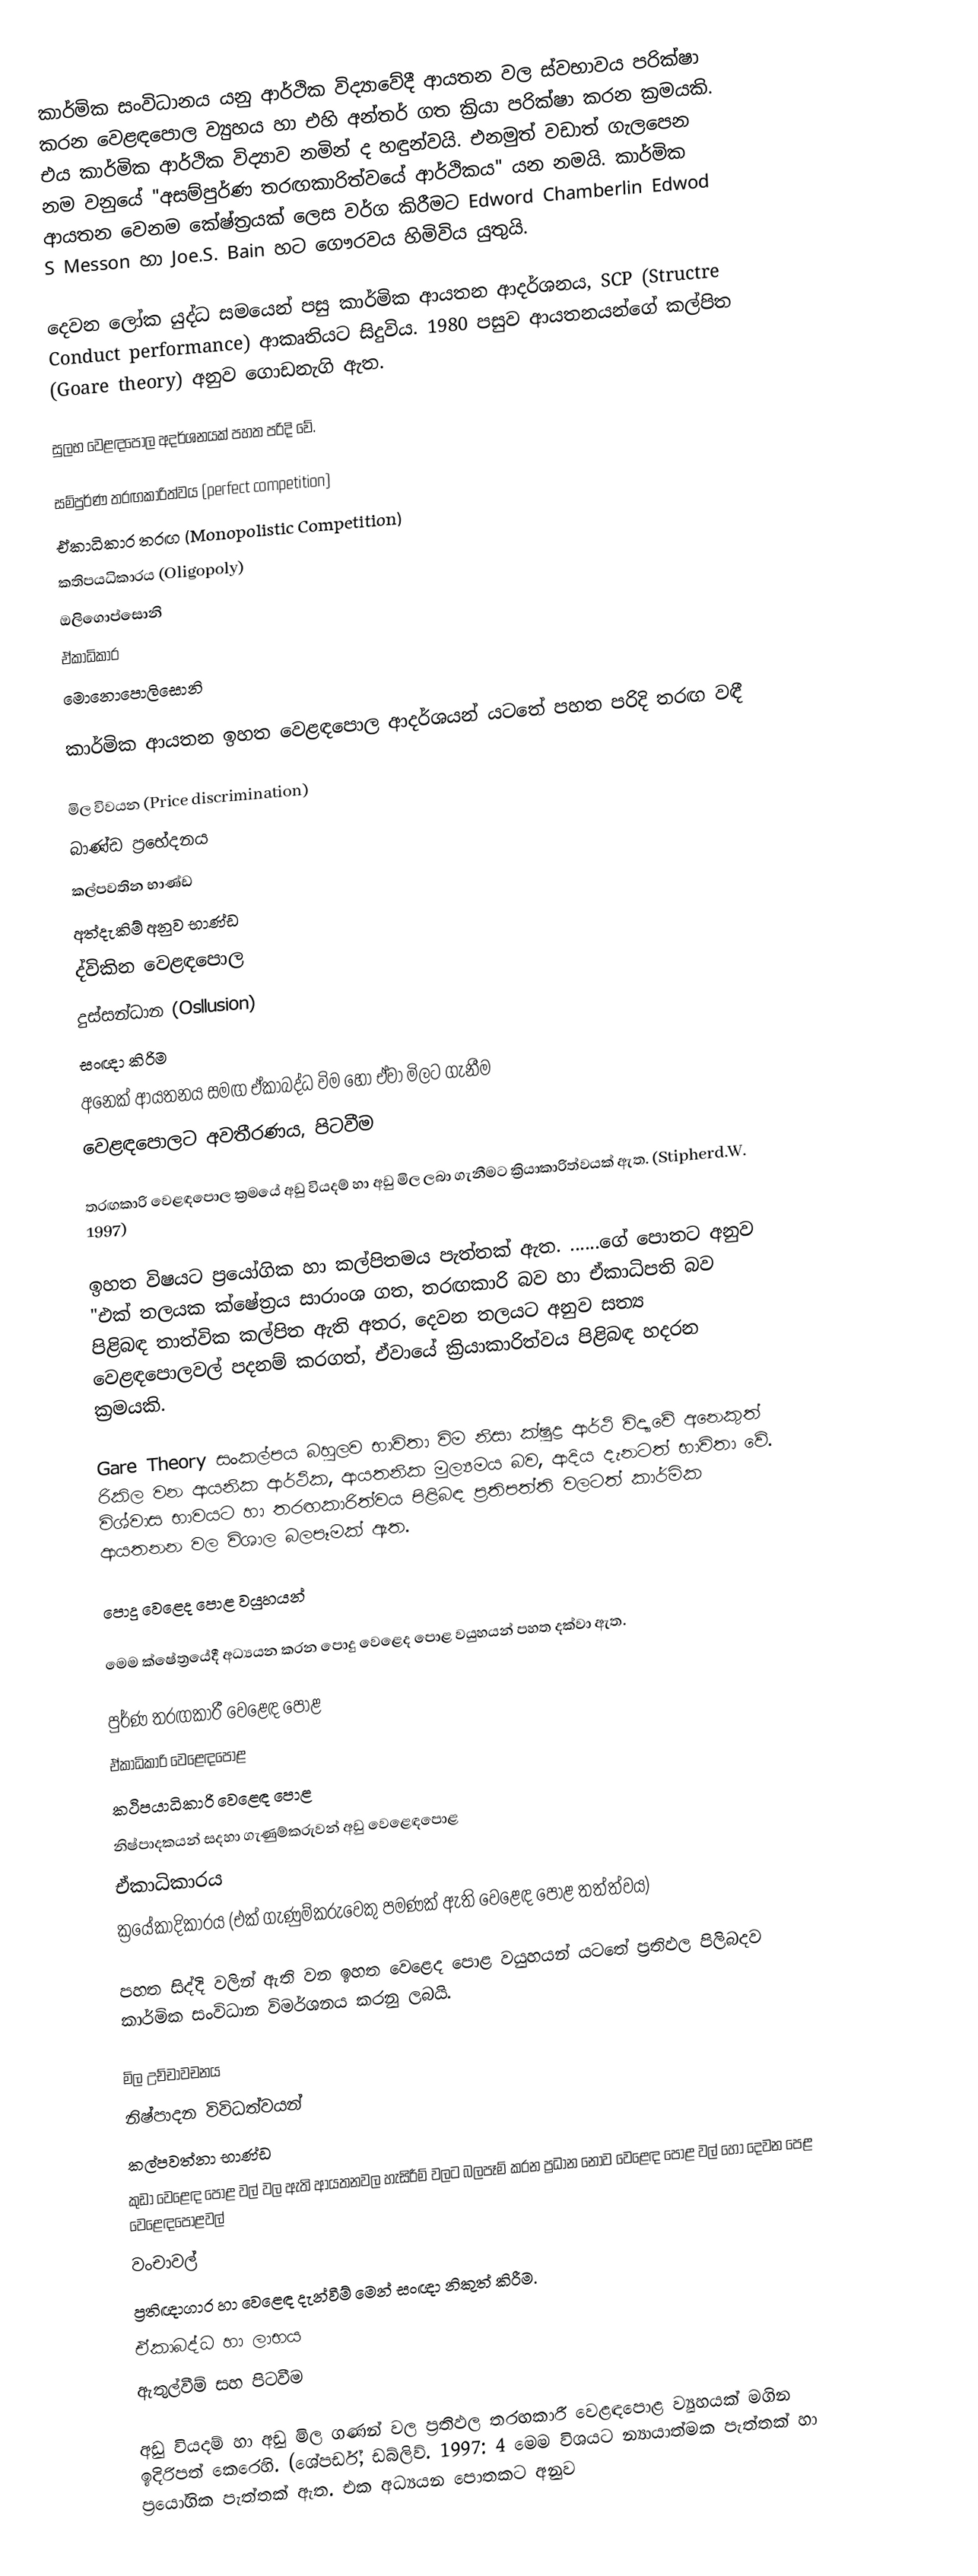
කාර්මික සංවිධානය යනු ආර්ථික විද්‍යාවේදී ආයතන වල ස්වභාවය පරික්ෂා කරන වෙළඳපොල ව්‍යුහය හා එහි අන්තර් ගත ක්‍රියා පරික්ෂා කරන ක්‍රමයකි. එය කාර්මික ආර්ථික විද්‍යාව නමින් ද හඳුන්වයි. එනමුත් වඩාත් ගැලපෙන නම වනුයේ "අසම්පුර්ණ තරඟකාරිත්වයේ ආර්ථිකය" යන නමයි. කාර්මික ආයතන වෙනම ‍කේෂ්ත්‍රයක් ලෙස වර්ග කිරීමට  Edword Chamberlin Edwod S Messon හා Joe.S. Bain හට ගෞරවය හිමිවිය යුතුයි.

දෙවන ලෝක යුද්ධ සමයෙන් පසු කාර්මික ආයතන ආදර්ශනය, SCP (Structre Conduct performance) ආකෘතියට සිදුවිය. 1980 පසුව ආයතනයන්ගේ කල්පිත (Goare theory) අනුව ගොඩනැගි ඇත.

සුලභ වෙළඳපොල අදර්ශනයක් පහත පරිදි වේ.

සම්පුර්ණ තරඟකාරිත්වය (perfect competition)
ඒකාධිකාර තරඟ    (Monopolistic Competition)
කතිපයධිකාරය        (Oligopoly)
ඔලිගොප්සොනි
ඒකාධිකාර
මොනොපොලිසොනි

කාර්මික ආයතන ඉහත වෙළඳපොල ආදර්ශයන් යටතේ පහත පරිදි තරඟ වඳී

මිල විවයන         (Price discrimination)
බාණ්ඩ ප්‍රභේදනය
කල්පවතින භාණ්ඩ
අත්දැකිම් අනුව භාණ්ඩ
ද්විකින වෙළඳපොල
දුස්සන්ධාන        (Osllusion)
සංඥා කිරිම
අනෙක් ආයතනය සමඟ ඒකාබද්ධ විම හෝ ඒවා මිලට ගැනීම
වෙළඳපොලට අවතීරණය, පිටවීම

තරඟකාරි වෙළඳපොල ක්‍රමයේ අඩු වියදම් හා අඩු මිල ලබා ගැනීමට ක්‍රියාකාරිත්වයක් ඇත. (Stipherd.W. 1997)

ඉහත විෂයට ප්‍රයෝගික හා කල්පිතමය පැත්තක් ඇත.  ......ගේ පොතට අනුව "එක් තලයක ක්ෂේත්‍රය සාරාංශ ගත, තරඟකාරි බව හා ඒකාධිපති බව පිළිබඳ තාත්වික කල්පිත ඇති අතර, දෙවන තලයට අනුව සත්‍ය වෙළඳපොලවල් පදනම් කරගත්, ඒවායේ ක්‍රියාකාරිත්වය පිළිබඳ හදරන ක්‍රමයකි.

Gare Theory සංකල්පය බහුලව භාවිතා විම නිසා ක්ෂුද්‍ර ආර්ථි විද්‍යාවේ අනෙකුත් රිකිල වන ආයනික ආර්ථික, ආයතනික මුල්‍යමය බව, ආදිය දැනටත් භාවිතා වේ. විශ්වාස භාවයට හා තරඟකාරිත්වය පිළිබඳ ප්‍රතිපත්ති වලටත් කාර්මික ආයතනන වල විශාල බලපෑමක් ඇත.

පොදු වෙළෙද පොළ වයුහයන්

මෙම ක්ෂේත්‍රයේදී අධ්‍යයන කරන පොදු වෙළෙද පොළ වයුහයන් පහත දක්වා ඇත.

පුර්ණ තරඟකාරී වෙළෙඳ පොළ
ඒකාධිකාරි වෙළෙඳපොළ
කථිපයාධිකාරි වෙළෙඳ පොළ
නිෂ්පාදකයන් සදහා ගැණුම්කරුවන් අඩු වෙළෙඳපොළ
ඒකාධිකාරය
ක්‍රයේකාදිකාරය (එක් ගැණුම්කරුවෙකු පමණක් ඇති වෙළෙඳ පොළ තත්ත්වය)

පහත සිද්දි වලින් ඇති වන ඉහත වෙළෙද පොළ වයුහයන් යටතේ ප්‍රතිඵල පිලිබදව කාර්මික සංවිධාන විමර්ශනය කරනු ලබයි.

මිල උච්චාවචනය
නිෂ්පාදන විවිධත්වයන්
කල්පවත්නා භාණ්ඩ
කුඩා වෙළෙඳ පොළ වල් වල ඇති ආයතනවල හැසිරීම් වලට බලපෑම් කරන ප්‍රධාන නොව වෙළෙඳ පොළ වල් හෝ දෙවන පෙළ වෙළෙඳපොළවල්
වංචාවල්
ප්‍රතිඥාගාර හා වෙළෙඳ දැන්වීම් මෙන් සංඥා නිකුත් කිරීම.
ඒකාබද්ධ හා ලාභය
ඇතුල්වීම් සහ පිටවීම

අඩු වියදම් හා අඩු මිල ගණන් වල ප්‍රතිඵල තරඟකාරී වෙළඳපොළ ව්‍යුහයක් මගින  ඉදිරිපත් කෙරෙහි. (ශේපර්ඩ්, ඩබ්ලිව්. 1997: 4 මෙම විශයට න්‍යායාත්මක පැත්තක් හා ප්‍රයෝගික පැත්තක් ඇත. එක අධ්‍යයන පොතකට අනුව